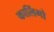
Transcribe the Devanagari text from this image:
कालिंगो